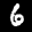
Label: 6